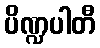
ပိဏ္ဍပါတီ